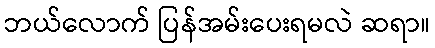
ဘယ်လောက် ပြန်အမ်းပေးရမလဲ ဆရာ။